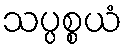
သပ္ပစ္စယံ